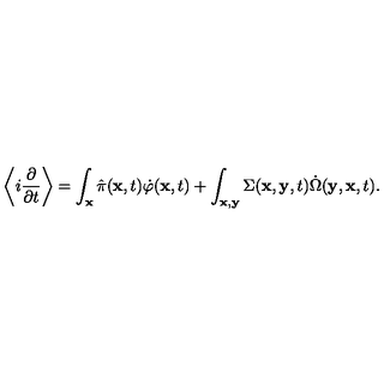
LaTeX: \left\langle i \frac { \partial } { \partial t } \right\rangle = \int _ { \bf x } \hat { \pi } ( { \bf x } , t ) \dot { \varphi } ( { \bf x } , t ) + \int _ { \bf x , y } \Sigma ( { \bf x } , { \bf y } , t ) \dot { \Omega } ( { \bf y } , { \bf x } , t ) .